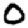
Digit: 0